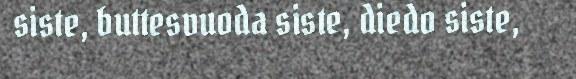
siste, buttesvuoda siste, diedo siste,